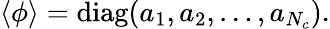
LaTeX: \langle\phi\rangle=\mathrm{diag}(a_{1},a_{2},\ldots,a_{N_{c}}).